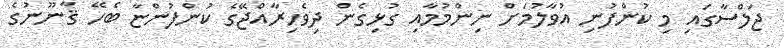
ޖަލްސާގައި މި ކުންފުނި އުވާލުމަށް ނިންމުމާއި ގުޅިގެން ދިވެހިރާއްޖޭގެ ކުންފުންޏާ ބެހޭ ޤާނޫނުގެ